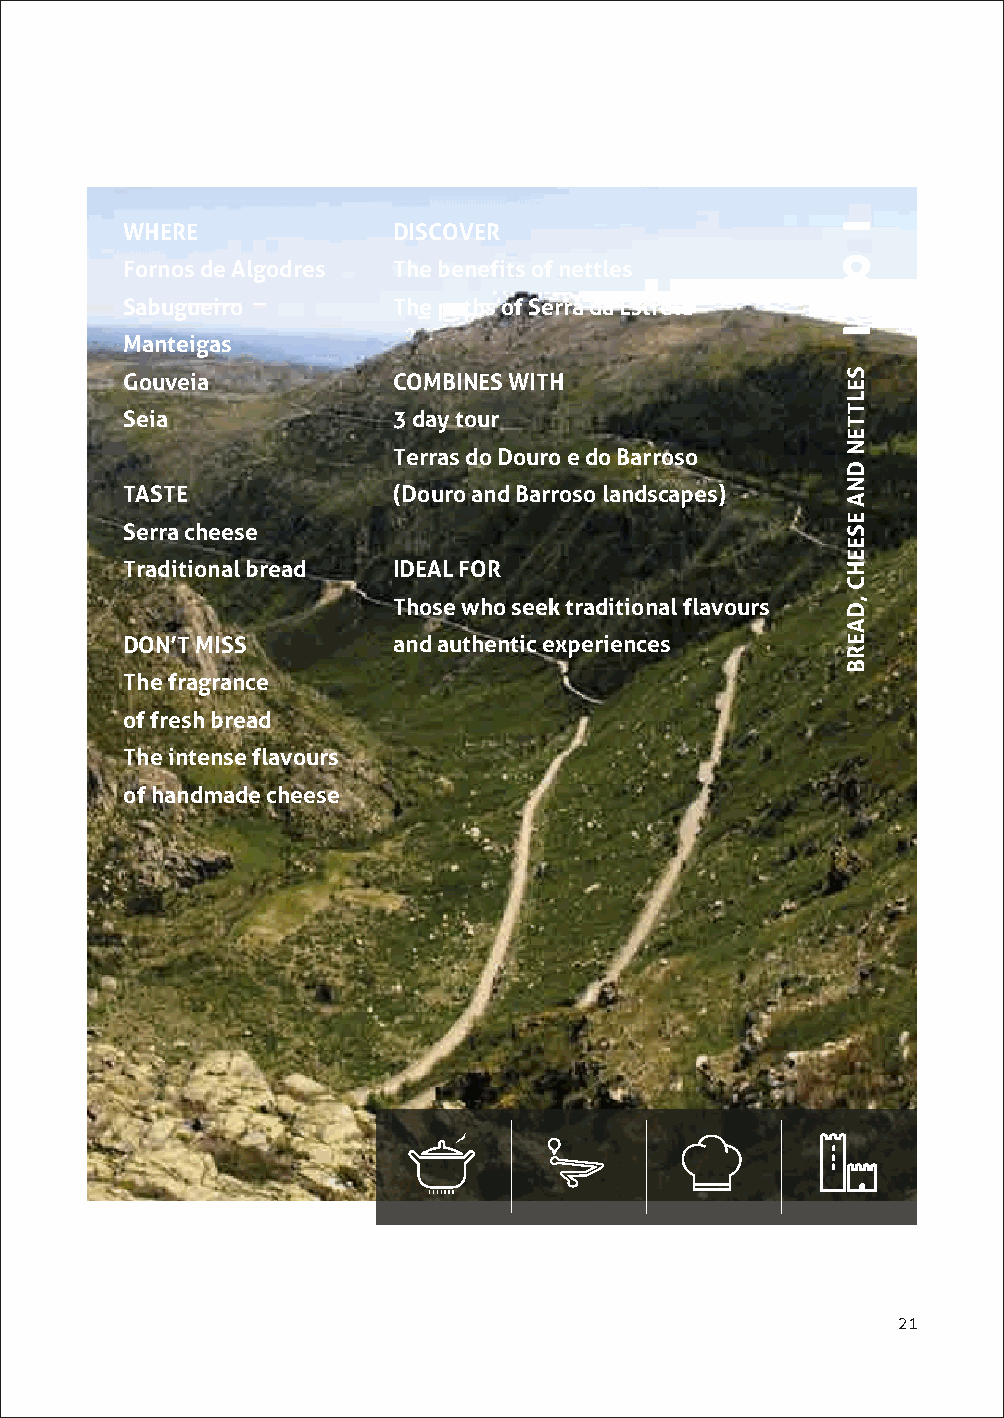
WHERE             DISCOVER
 8
 Fornos de Algodres The benefits of nettles
 Sabugueiro        The paths of Serra da Estrela
 Manteigas
 Gouveia           COMBINES WITH
 Seia              3 day tour
 Terras do Douro e do Barroso
 TASTE             (Douro and Barroso landscapes)
 Serra cheese
 Traditional bread IDEAL FOR
 Those who seek traditional flavours
 DON’T MISS        and authentic experiences
 The fragrance
 of fresh bread
 The intense flavours
 of handmade cheese
 21
 SELTTEN
 DNA
 ESEEHC
 ,DAERB